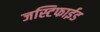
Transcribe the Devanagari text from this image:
जस्टिफाईड